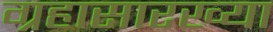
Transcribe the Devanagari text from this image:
ग्रहासारख्या